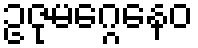
ဥဇုမဂ္ဂေနေဝ